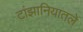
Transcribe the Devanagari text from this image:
टांझानियातले